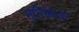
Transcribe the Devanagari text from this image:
मुंगीखाऊ